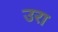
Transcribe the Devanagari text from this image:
उरा